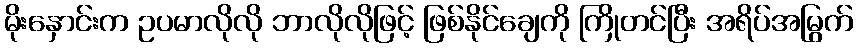
မိုးနှောင်းက ဥပမာလိုလို ဘာလိုလိုဖြင့် ဖြစ်နိုင်ချေကို ကြိုတင်ပြီး အရိပ်အမြွက်